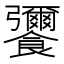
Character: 𮩚